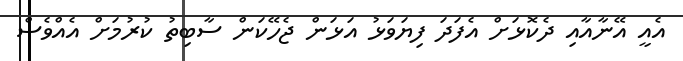
އެއީ އޭނާއާއި ދެކޮޅަށް އެފަދަ ފިޔަވަޅު އަޅަން ޖެހޭކަން ސާބިތު ކުރުމަށް އެއްވެސް